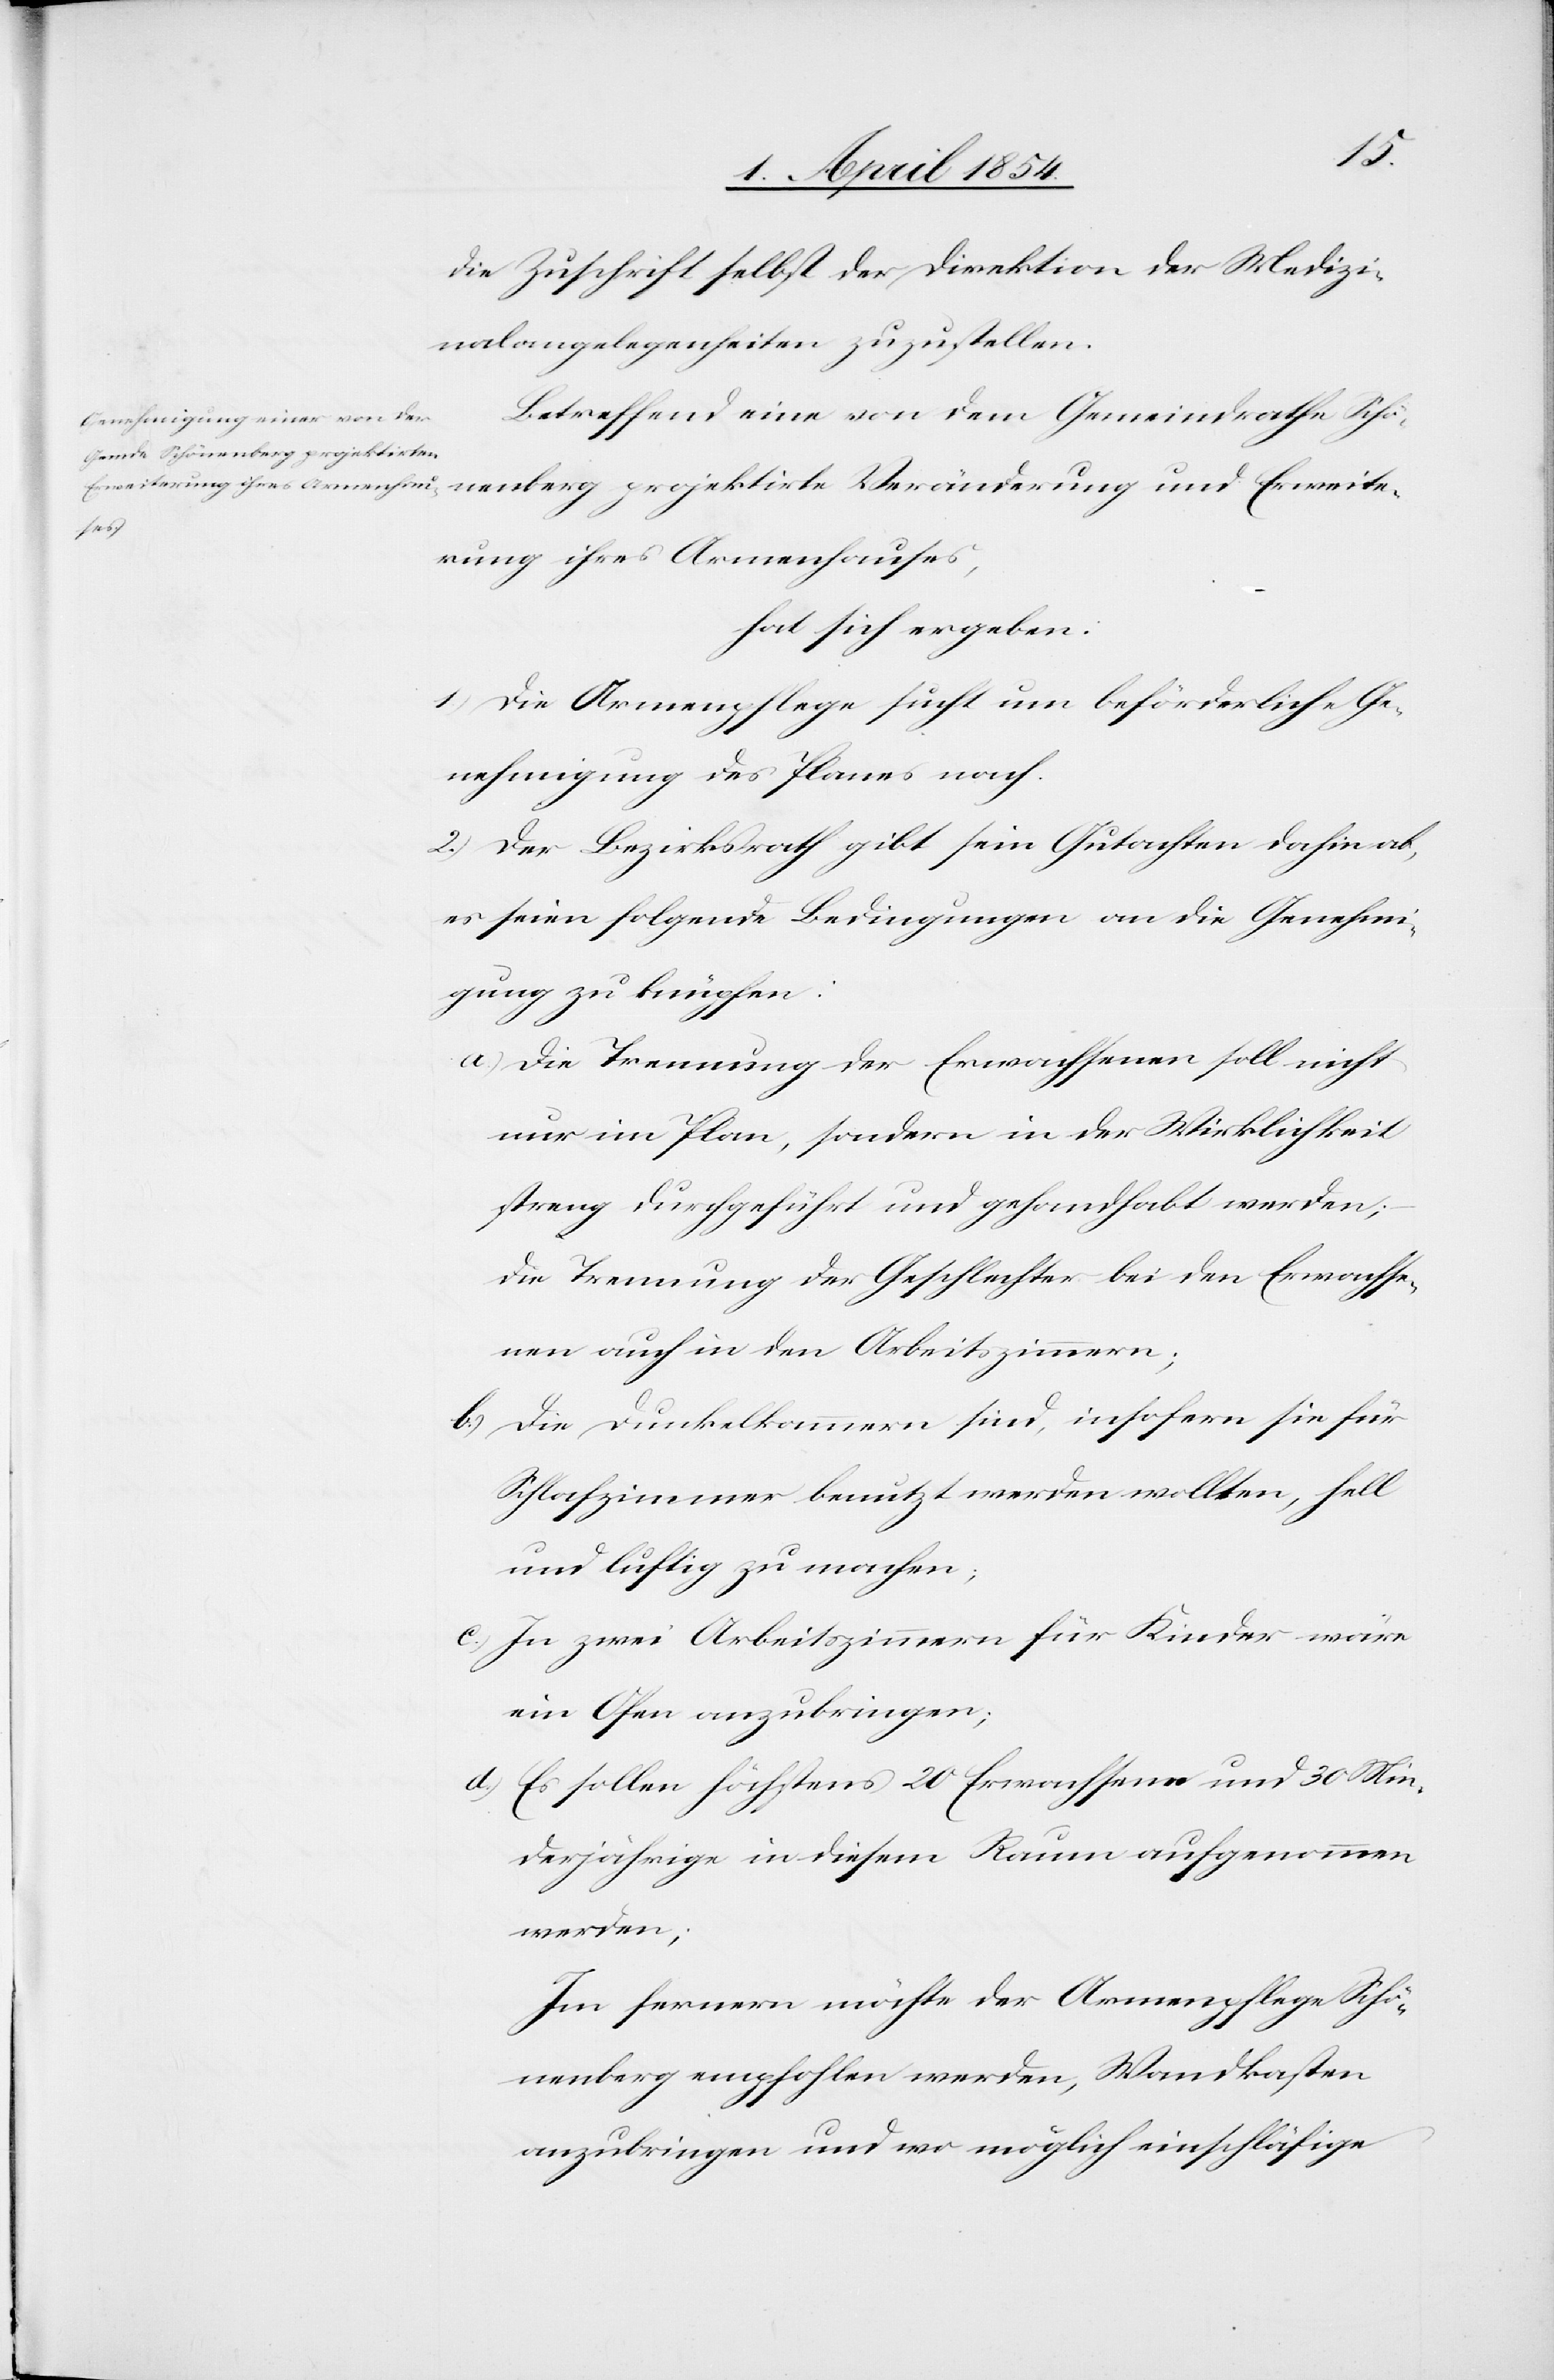
nenberg
die Zuschrift selbst der Direktion der Medizi¬
nalangelegenheiten zuzustellen.
Betreffend eine von dem Gemeindrathe Schö¬
ihres
hat sich ergeben:
1.) Die Armenpflege sucht um beförderliche Ge¬
nehmigung des Planes nach.
2.) Der Bezirksrath gibt sein Gutachten dahin ab,
es seien folgende Bedingungen an die Genehmi¬
gung zu knüpfen:
a.) Die Trennung der Erwachsenen soll nicht
nur im Plan, sondern in der Wirklichkeit
streng durchgeführt und gehandhabt werden,
die Trennung der Geschlechter bei den Erwachse¬
nen auch in den Arbeitszimmern;
b.) Die Dunkelkammern sind, insofern sie für
Schlafzimmer benutzt werden wollten, hell
und luftig zu machen.
c.) In zwei Arbeitszimmern für Kinder wäre
ein Ofen anzubringen;
d.) Es sollen höchstens 20 Erwachsene und 30 Min¬
derjährige in diesem Raum aufgenommen
werden;
Im fernern möchte der Armenpflege Schö¬
nenberg empfohlen werden, Wandkasten
anzubringen und wo möglich einschläfige